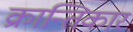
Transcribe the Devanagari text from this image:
क्रान्तिकार